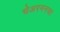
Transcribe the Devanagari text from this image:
चेअरमनचा